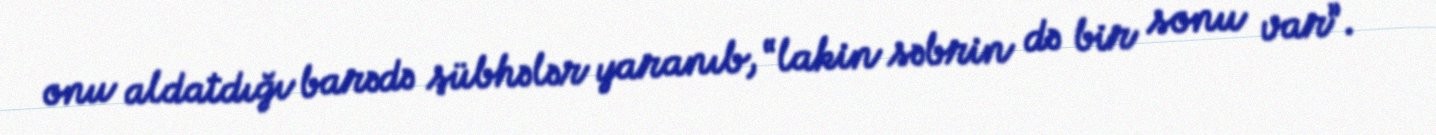
onu aldatdığı barədə şübhələr yaranıb, “lakin səbrin də bir sonu var”.